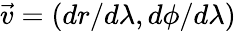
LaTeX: \vec{v}=(dr/d\lambda,d\phi/d\lambda)